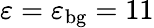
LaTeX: \varepsilon=\varepsilon_{\mathrm{{bg}}}=11